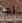
لم